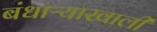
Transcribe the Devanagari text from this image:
बंधाऱ्याखाली